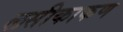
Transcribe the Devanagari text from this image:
लसीकाकण